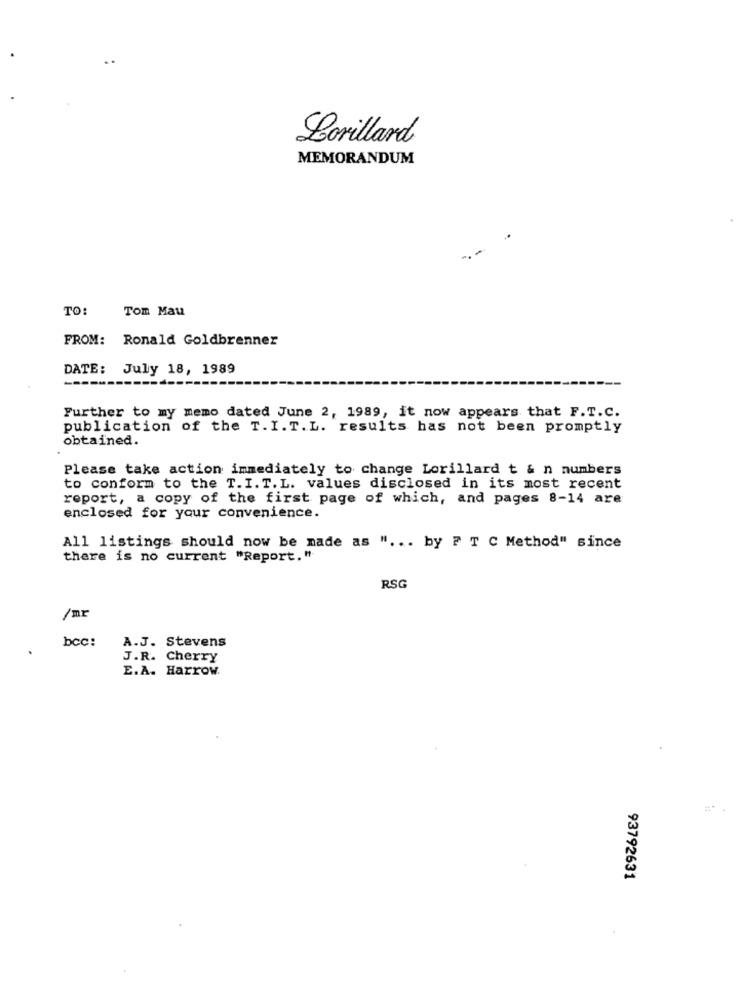
Lorillard
MEMORANDUM
TO:
Tom Mau
FROM: Ronald Goldbrenner
DATE: July 18, 1989
---------
Further to my memo dated June 2, 1989, it now appears that F.T.C.
publication of the T. I.T. L. results has not been promptly
obtained.
Please take action immediately to change Lorillard t & n numbers
to conform to the T.I. T. L. values disclosed in its most recent
report, a copy of the first page of which, and pages 8-14 are
enclosed for your convenience.
All listings should now be made as " ... by F T C Method" since
there is no current "Report."
RSG
/mr
bcc:
A.J. Stevens
J.R. Cherry
E.A. Harrow.
93792631